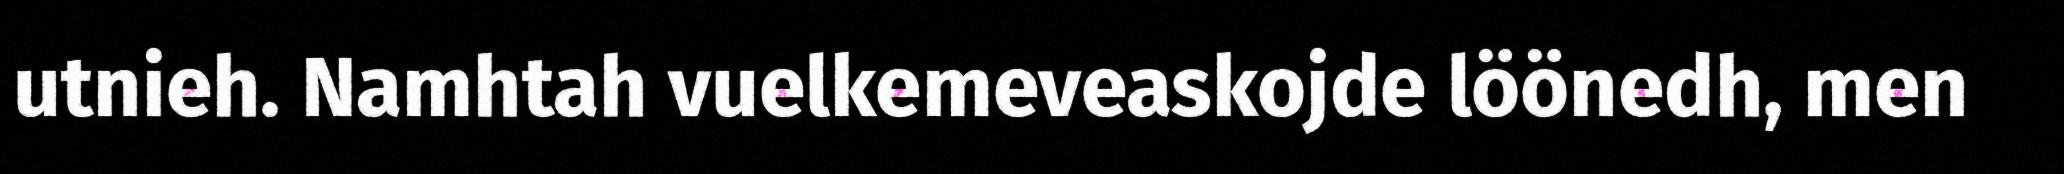
utnieh. Namhtah vuelkemeveaskojde löönedh, men